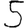
Digit: 5